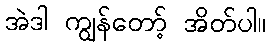
အဲဒါ ကျွန်တော့် အိတ်ပါ။